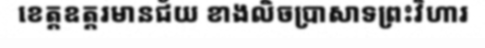
ខេត្តឧត្តរមានជ័យ ខាងលិចប្រាសាទព្រះវិហារ